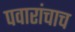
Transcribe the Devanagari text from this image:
पवारांचाच